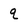
Character: q